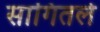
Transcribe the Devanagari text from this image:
सागितले